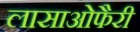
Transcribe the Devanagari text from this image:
लासाओफैरी